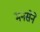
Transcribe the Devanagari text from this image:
मनसेने